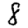
Digit: 8